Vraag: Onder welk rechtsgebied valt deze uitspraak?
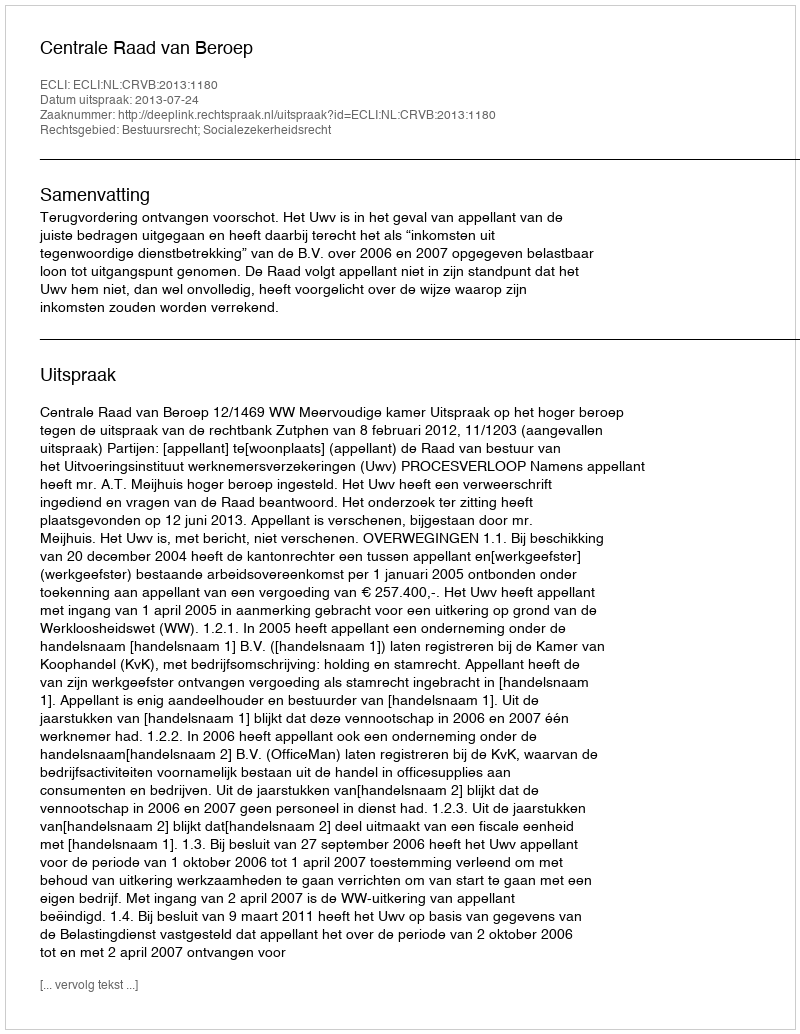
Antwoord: Bestuursrecht; Socialezekerheidsrecht